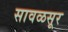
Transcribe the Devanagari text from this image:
सावळसूर